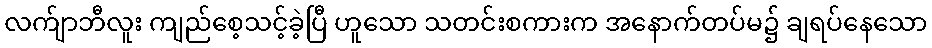
လက်ျာဘီလူး ကျည်စေ့သင့်ခဲ့ပြီ ဟူသော သတင်းစကားက အနောက်တပ်မ၌ ချရပ်နေသော